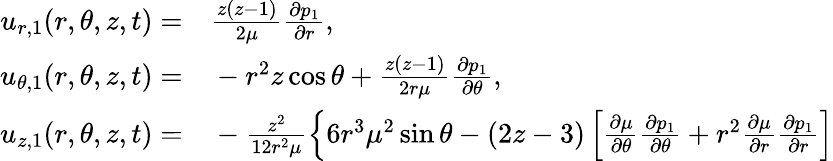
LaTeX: \begin{array}{rl}{u_{r,1}(r,\theta,z,t)=}&{{}\frac{z(z-1)}{2\mu}\frac{\partial p_{1}}{\partial r},}\\ {u_{\theta,1}(r,\theta,z,t)=}&{{}-r^{2}z\cos\theta+\frac{z(z-1)}{2r\mu}\frac{\partial p_{1}}{\partial\theta},}\\ {u_{z,1}(r,\theta,z,t)=}&{{}-\frac{z^{2}}{12r^{2}\mu}\left\{ 6r^{3}\mu^{2}\sin\theta-(2z-3)\left[\frac{\partial\mu}{\partial\theta}\frac{\partial p_{1}}{\partial\theta}+r^{2}\frac{\partial\mu}{\partial r}\frac{\partial p_{1}}{\partial r}\right]\right.}\end{array}